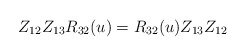
\begin{align*}Z_{12}Z_{13}R_{32}(u)= R_{32}(u)Z_{13}Z_{12}\end{align*}